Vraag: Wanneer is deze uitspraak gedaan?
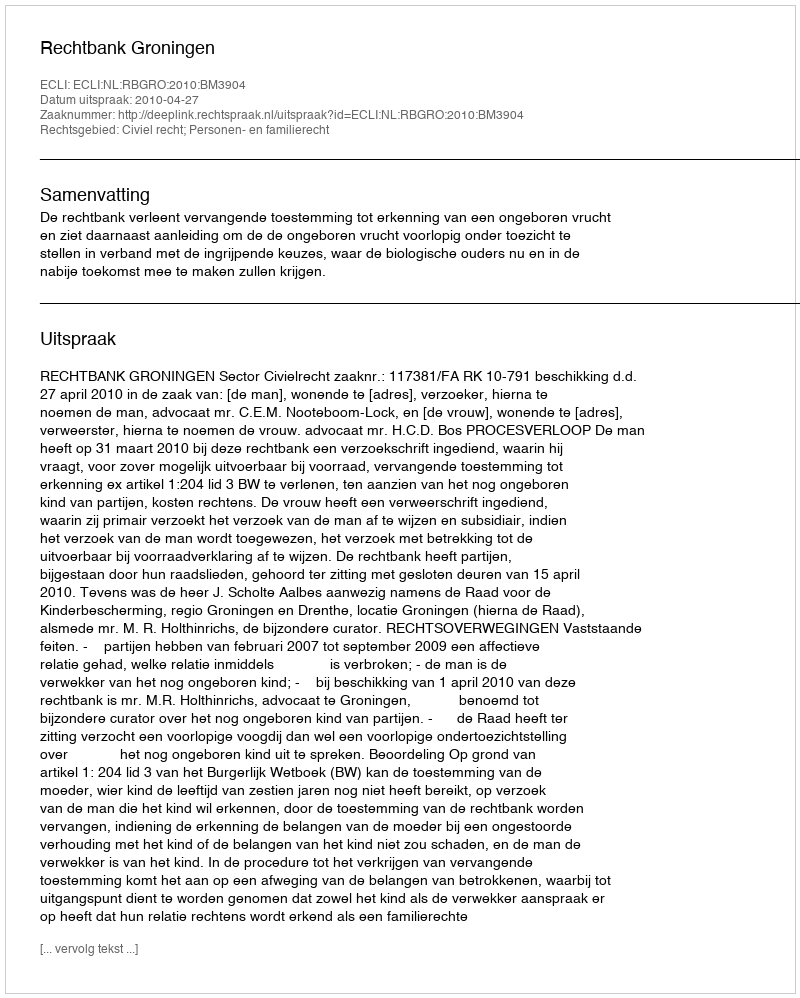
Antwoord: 2010-04-27